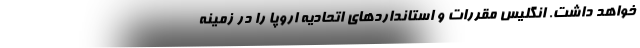
خواهد داشت. انگلیس مقررات و استانداردهای اتحادیه اروپا را در زمینه